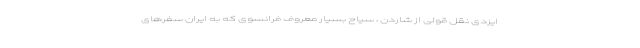
ایزدی نقل قولی از شاردن ، سیاح بسیار معروف فرانسوی که به ایران سفرهای